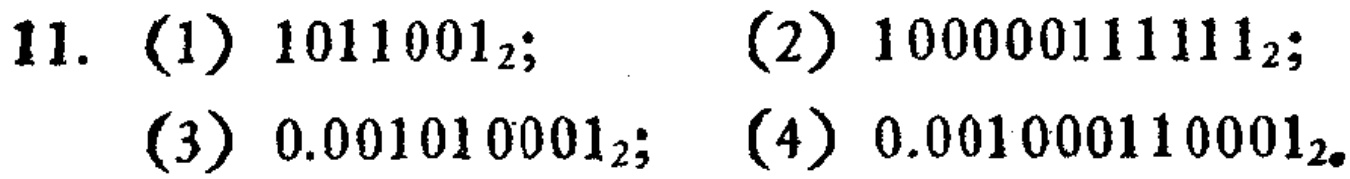
11. (1) \(1011001_{2}\); (2) \(100000111111_{2}\);

(3) \(0.001010001_{2}\); (4) \(0.001000110001_{2}\)